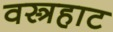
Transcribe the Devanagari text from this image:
वस्त्रहाट